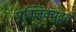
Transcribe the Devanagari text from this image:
एक्जिक्युटूव